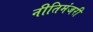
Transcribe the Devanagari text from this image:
नीतिमंजरी